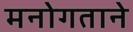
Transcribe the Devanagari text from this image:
मनोगताने